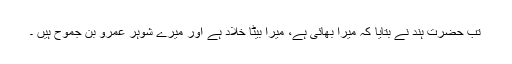
تب حضرت ہند نے بتایا کہ میرا بھائی ہے، میرا بیٹا خَلَّادْ ہے اور میرے شوہر عَمرِو بِن جَمُوح ہیں ۔